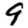
Digit: 9